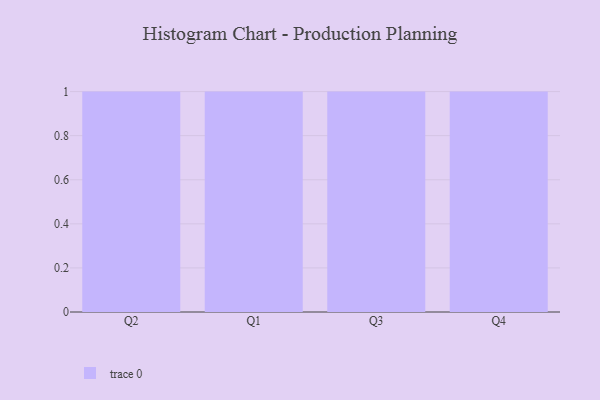
{"axis": {"x": "Quarter", "y": "Page Views"}, "legend": [""], "data": [{"x": "Q2", "y": 92, "type": ""}, {"x": "Q1", "y": 68, "type": ""}, {"x": "Q3", "y": 87, "type": ""}, {"x": "Q4", "y": 89, "type": ""}]}